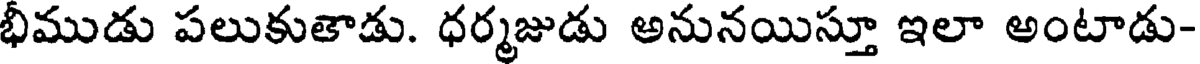
భీముడు పలుకుతాడు. ధర్మజుడు అనునయిస్తూ ఇలా అంటాడు-